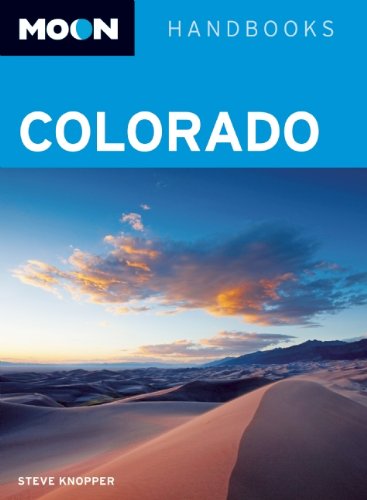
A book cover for Moon Colorado (Moon Handbooks); Steve Knopper; Travel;